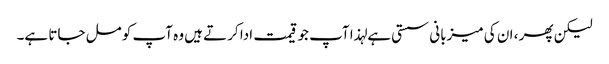
لیکن پھر ، ان کی میزبانی سستی ہے لہذا آپ جو قیمت ادا کرتے ہیں وہ آپ کو مل جاتا ہے۔